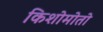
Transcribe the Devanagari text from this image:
किशोमोतो